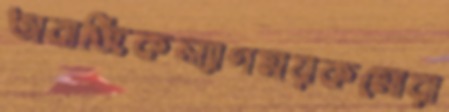
অবাজিকল্যাণময়কমোরা